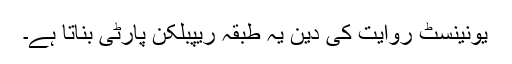
یونینسٹ روایت کی دین یہ طبقہ ریپبلکن پارٹی بناتا ہے۔